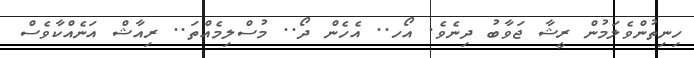
ހިނިތުންވެލަމުން ރީޝާ ޖަވާބު ދިނެވެ. އޯހ.. އެހެން ދޯ.. މުސްލިމެއްތަ.. ރިއާޝް އަނެއްކާވެސް